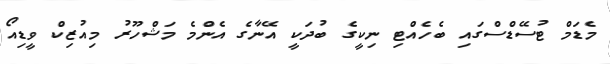
މެޑަމް ޓުސޭޑްސްގައި ބެހެއްޓި ނިކީގެ ބުދަކީ އޭނާގެ އެންމެ މަޝްހޫރު މިއުޒިކް ވީޑިއޯ